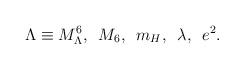
LaTeX: \begin{align*}\Lambda\equiv M_\Lambda^6,\,\,\,M_{6},\,\,\, m_{H},\,\,\, \lambda,\,\,\,e^2.\end{align*}